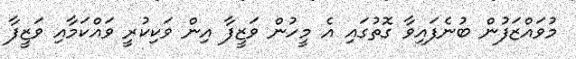
މުވައްޒަފުން ބުނެފައިވާ ގޮތުގައި އެ މީހުން ވަޒީފާ އިން ވަކިކުރީ ވައްކަމާއި ވަޒީފާ